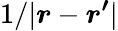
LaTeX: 1/|\boldsymbol{r}-\boldsymbol{r^{\prime}}|